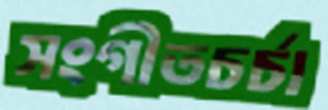
সংগীতচর্চা